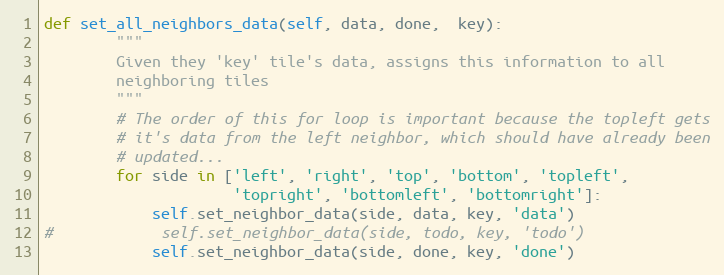
Language: Python
def set_all_neighbors_data(self, data, done,  key):
        """
        Given they 'key' tile's data, assigns this information to all
        neighboring tiles
        """
        # The order of this for loop is important because the topleft gets
        # it's data from the left neighbor, which should have already been
        # updated...
        for side in ['left', 'right', 'top', 'bottom', 'topleft',
                     'topright', 'bottomleft', 'bottomright']:
            self.set_neighbor_data(side, data, key, 'data')
#            self.set_neighbor_data(side, todo, key, 'todo')
            self.set_neighbor_data(side, done, key, 'done')